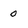
Character: 0